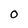
Character: 0